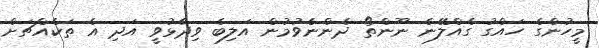
މީހުންގެ ހައްގު ގެއްލޭނެ ނޫންތޯ ދެންނެވުމުން އަލިބެ ވިދާޅުވީ އަދި އެ ތަކެއްޗަށް